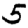
Digit: 5